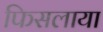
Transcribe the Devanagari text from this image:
फिसलाया